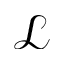
\mathcal { L }